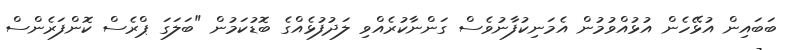
ބަބައިން އުޅޭހެން އުޅުއްވުމުން އެމަނިކުފާނުވެސް ގަންނާކުރެއްވި ލަދުފުޅެއްގެ ބޮޑުކަމުން "ބަލަގަ ޕްރެސް ކޮންފަރެންސް